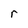
Character: r